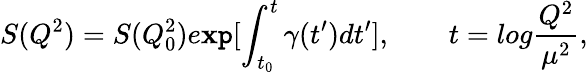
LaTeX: S(Q^{2})=S(Q_{0}^{2})e\mathbf{x}\mathtt{p}[\int_{t_{0}}^{t}\gamma(t^{\prime})dt^{\prime}],\ ~~\ ~~\ \ t=log\frac{{Q^{2}}}{{\mu^{2}}},